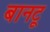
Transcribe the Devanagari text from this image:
बानटू